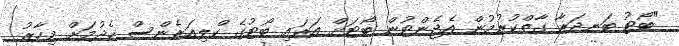
"ބޯޓު ބަނދަރާ ގާތްކުރުމުން އެޖެންޓުން ބޯޓަށް އަރައި ބޯޓުގެ ކްލިއަރެންސް ހެދުމަށް މިހާރު